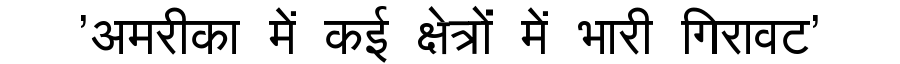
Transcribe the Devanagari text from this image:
'अमरीका में कई क्षेत्रों में भारी गिरावट'